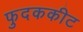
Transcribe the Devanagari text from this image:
फुदककीट